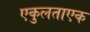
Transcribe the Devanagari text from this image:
एकुलताएक